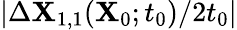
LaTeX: \vert\Delta\mathbf{X}_{1,1}(\mathbf{X}_{0};t_{0})/2t_{0}\vert